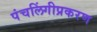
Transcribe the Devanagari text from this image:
पंचलिंगीप्रकरण